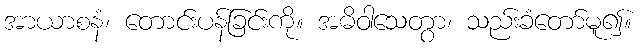
အာယာစနံ၊ တောင်းပန်ခြင်းကို။ အဓိဝါသေတွာ၊ သည်းခံတော်မူ၍။